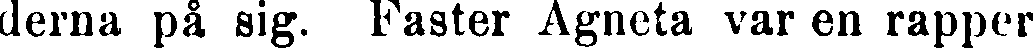
derna på sig. Faster Agneta var en rapper